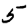
Digit: 5